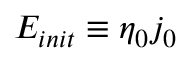
E _ { i n i t } \equiv \eta _ { 0 } j _ { 0 }